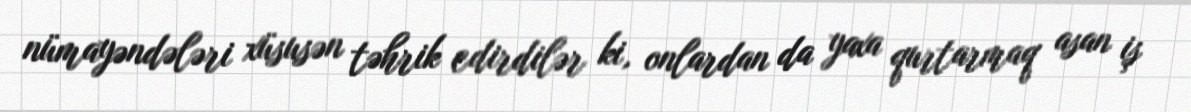
nümayəndələri xüsusən təhrik edirdilər ki, onlardan da yaxa qurtarmaq asan iş